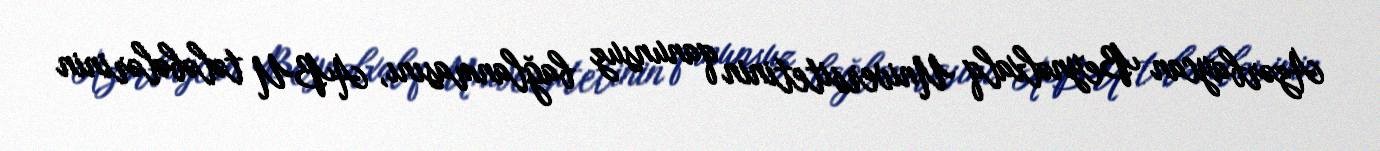
Azərbaycan Beynəlxalq Universitetinin qanunsuz bağlanmasını, ABU tələbələrinin